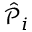
{ \hat { \mathcal { P } } } _ { i }